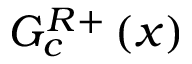
G _ { c } ^ { R } { } ^ { + } \left( x \right)